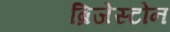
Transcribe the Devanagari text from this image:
ब्रिजेस्टोन